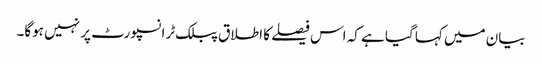
بیان میں کہا گیا ہے کہ اس فیصلے کا اطلاق پبلک ٹرانسپورٹ پر نہیں ہوگا۔